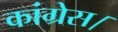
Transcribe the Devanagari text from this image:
कांग्रेस।